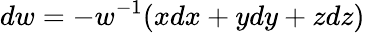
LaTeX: dw=-w^{-1}(xdx+ydy+zdz)